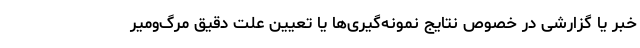
خبر یا گزارشی در خصوص نتایج نمونه‌گیری‌ها یا تعیین علت دقیق مرگ‌ومیر